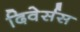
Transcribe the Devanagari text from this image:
दिवेर्सस